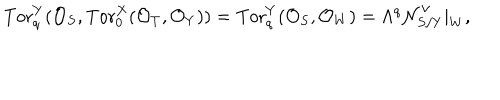
\mathrm { T o r } _ { q } ^ { Y } ( { \cal O } _ { S } , \mathrm { T o r } _ { 0 } ^ { X } ( { \cal O } _ { T } , { \cal O } _ { Y } ) ) = \mathrm { T o r } _ { q } ^ { Y } ( { \cal O } _ { S } , { \cal O } _ { W } ) = \Lambda ^ { q } { \cal N } _ { S / Y } ^ { \vee } | _ { W } ,